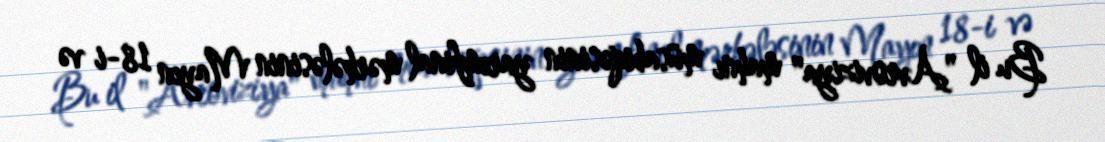
Bu il "Avroviziya" mahnı müsabiqəsinin yarımfinal mərhələsinin Mayın 18-i və